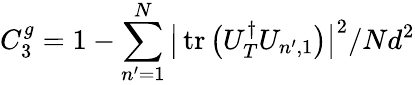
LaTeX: C_{3}^{g}=1-\sum_{n^{\prime}=1}^{N}\big|\operatorname{tr}\big(U_{T}^{\dagger}U_{n^{\prime},1}\big)\big|^{2}/Nd^{2}